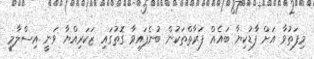
މިފަތުވާ އަށް ފާޑުކިޔާ ބައެއް ފަރާތްތަކުން ބުނެފައިވާ ގޮތުގައި ޒަކަރިއްޔާ ވަނީ އިސްލާމީ